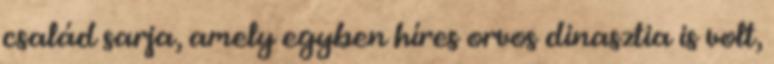
család sarja, amely egyben híres orvos dinasztia is volt,